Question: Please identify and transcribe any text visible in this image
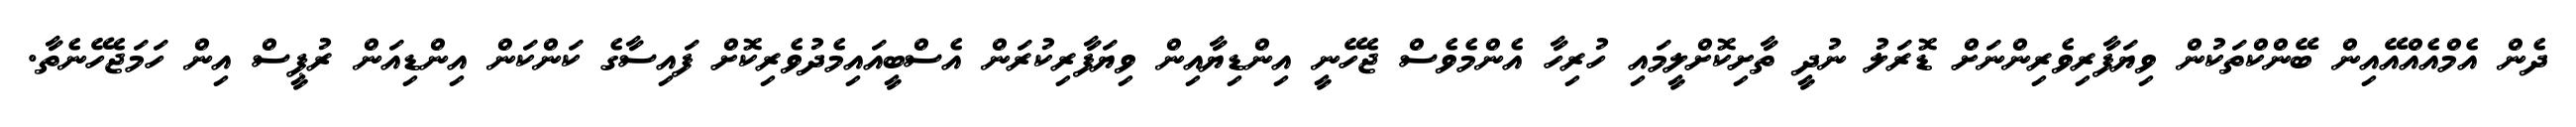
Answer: ދެން އެމްއެއްއޭއިން ބޭންކްތަކުން ވިޔަފާރިވެރިންނަށް ޑޮރަލު ނުދީ ތާށިކޮށްލީމައި ހުރިހާ އެންމެވެސް ޖެހޭނީ އިންޑިޔާއިން ވިޔަފާރިކުރަން އެސްބީއައިމެދުވެރިކޮށް ފައިސާގެ ކަންކަން އިންޑިއަން ރުޕީސް އިން ހަމަޖެހޭނެތާ.